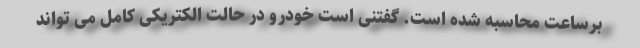
برساعت محاسبه شده است. گفتنی است خودرو در حالت الکتریکی کامل می تواند